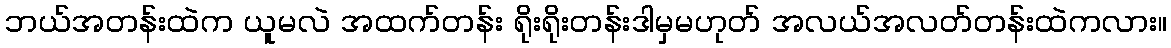
ဘယ်အတန်းထဲက ယူမလဲ အထက်တန်း ရိုးရိုးတန်းဒါမှမဟုတ် အလယ်အလတ်တန်းထဲကလား။